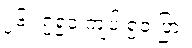
၂၆။ ၇၅၀ ကျပ် ၅၀ ပြား